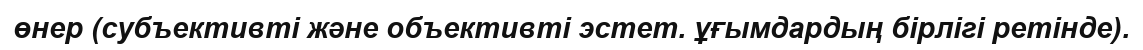
өнер (субъективті және объективті эстет. ұғымдардың бірлігі ретінде).